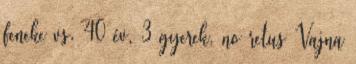
feneke vs. 40 év, 3 gyerek, no retus Vajna